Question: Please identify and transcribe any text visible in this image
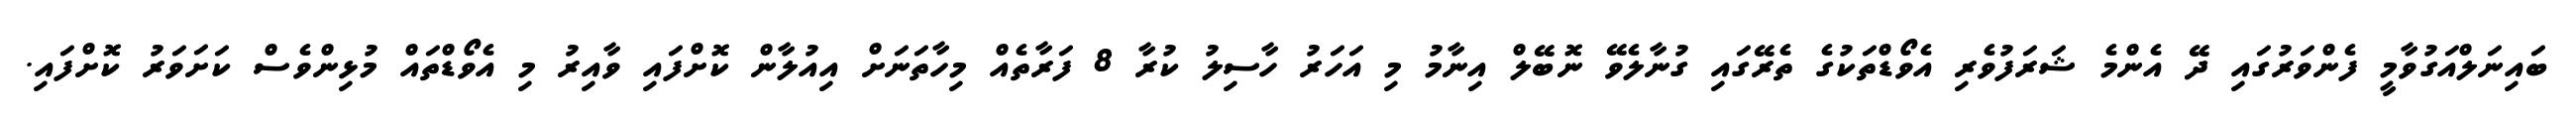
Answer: ބައިނަލްއަގުވާމީ ފެންވަރުގައި ދޭ އެންމެ ޝަރަފުވެރި އެވޯޑްތަކުގެ ތެރޭގައި ގުނާލެވޭ ނޮބޭލް އިނާމު މި އަހަރު ހާސިލު ކުރާ 8 ފަރާތެއް މިހާތަނަށް އިއުލާން ކޮށްފައި ވާއިރު މި އެވޯޑްތައް މުޅިންވެސް ކަށަވަރު ކޮށްފައި.